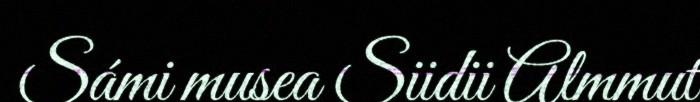
Sámi musea Siidii Almmut